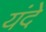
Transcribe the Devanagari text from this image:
यंदे